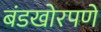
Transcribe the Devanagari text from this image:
बंडखोरपणे